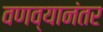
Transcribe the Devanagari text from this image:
वणव्यानंतर